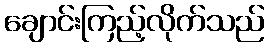
ချောင်းကြည့်လိုက်သည်